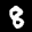
Label: 8